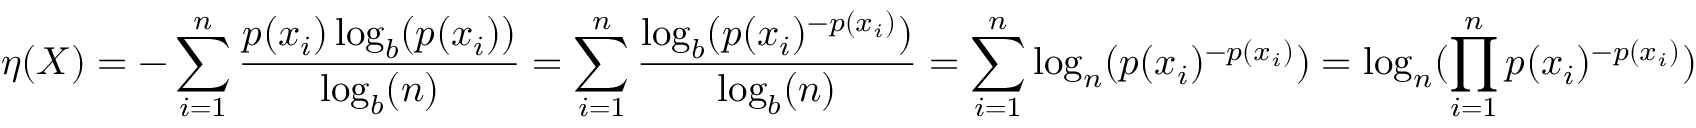
\eta ( X ) = - \sum _ { i = 1 } ^ { n } { \frac { p ( x _ { i } ) \log _ { b } ( p ( x _ { i } ) ) } { \log _ { b } ( n ) } } = \sum _ { i = 1 } ^ { n } { \frac { \log _ { b } ( p ( x _ { i } ) ^ { - p ( x _ { i } ) } ) } { \log _ { b } ( n ) } } = \sum _ { i = 1 } ^ { n } \log _ { n } ( p ( x _ { i } ) ^ { - p ( x _ { i } ) } ) = \log _ { n } ( \prod _ { i = 1 } ^ { n } p ( x _ { i } ) ^ { - p ( x _ { i } ) } )